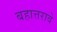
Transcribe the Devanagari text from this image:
बहात्तरावे